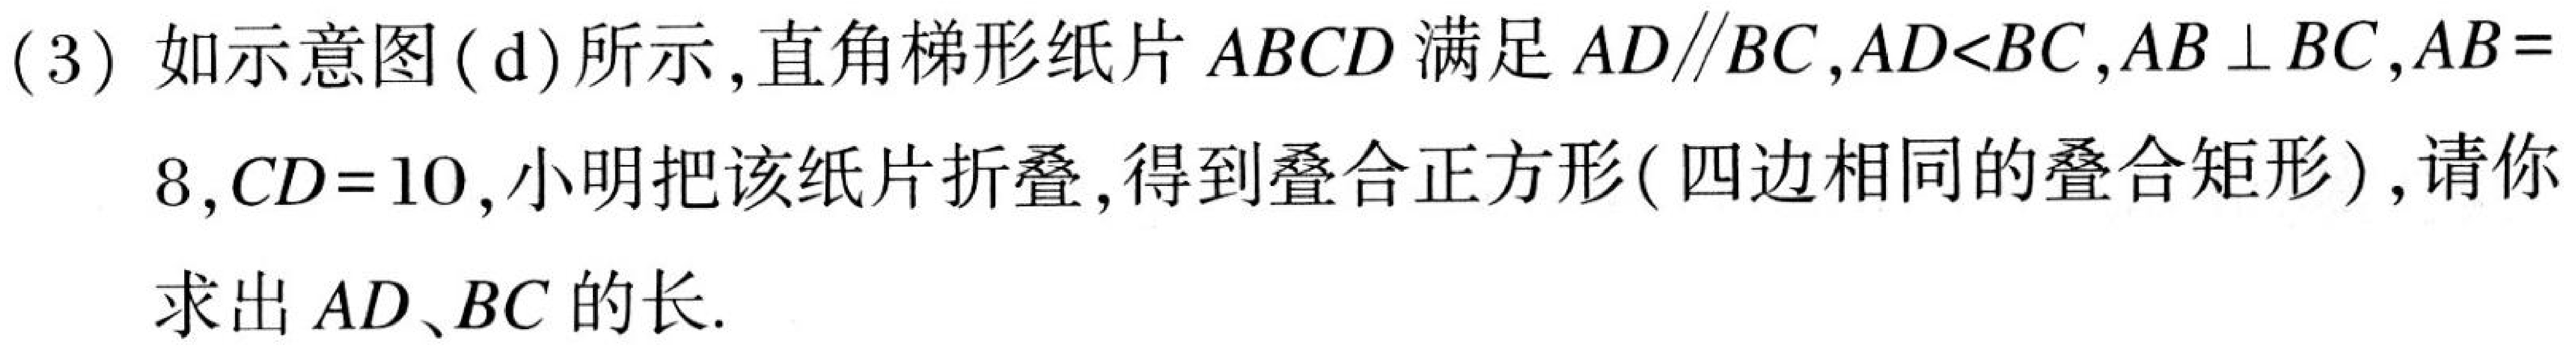
(3) 如示意图(d)所示,直角梯形纸片\(ABCD\)满足\(AD\parallel BC\)，\(AD<BC\)，\(AB\perp BC\)，\(AB = 8\)，\(CD = 10\)，小明把该纸片折叠,得到叠合正方形(四边相同的叠合矩形),请你求出\(AD\)、\(BC\)的长.